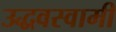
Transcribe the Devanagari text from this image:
उद्धवस्वामी